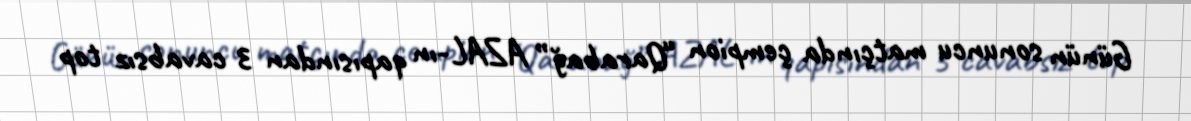
Günün sonuncu matçında çempion “Qarabağ” AZAL-ın qapısından 3 cavabsız top